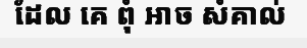
ដែល គេ ពុំ អាច សំគាល់